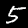
Digit: 5